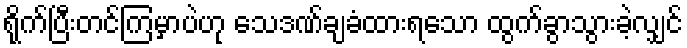
ရိုက်ပြီးတင်ကြမှာပဲဟု သေဒဏ်ချခံထားရသော ထွက်ခွာသွားခဲ့လျှင်